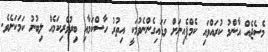
މެސެޖެއް އާންމު ކުރައްވައި ކެމްޕެއިނަށް ވަޑައިގެންނެވުމަކީ އިތުރު ހާސްކަމާއި ބިރުވެރިކަމެއް ލިބުނު ކަމަކަށެވެ.